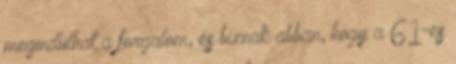
megindulhat a forgalom, és bíznak abban, hogy a 61-es